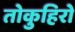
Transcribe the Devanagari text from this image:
तोकुहिरो